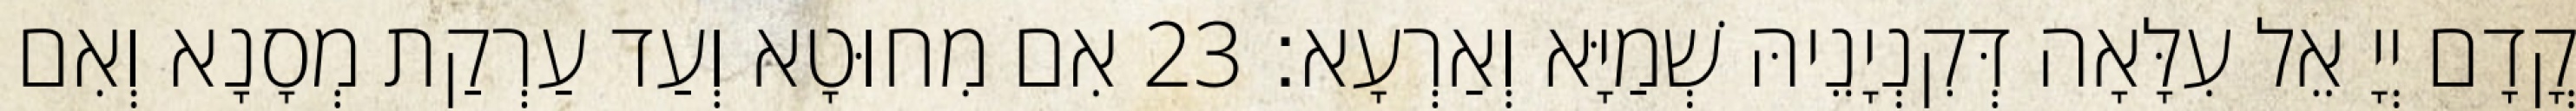
קֳדָם יְיָ אֵל עִלָּאָה דְּקִנְיָנֵיהּ שְׁמַיָּא וְאַרְעָא׃ 23 אִם מִחוּטָא וְעַד עַרְקַת מְסָנָא וְאִם